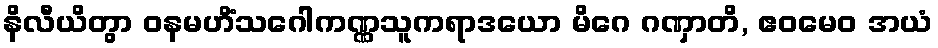
နိလီယိတွာ ဝနမဟိံသဂေါကဏ္ဏသူကရာဒယော မိဂေ ဂဏှာတိ, ဧဝမေဝ အယံ